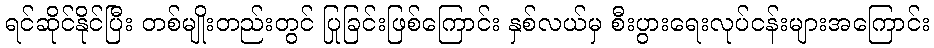
ရင်ဆိုင်နိုင်ပြီး တစ်မျိုးတည်းတွင် ပြုခြင်းဖြစ်ကြောင်း နှစ်လယ်မှ စီးပွားရေးလုပ်ငန်းများအကြောင်း